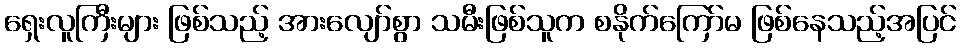
ရှေးလူကြီးများ ဖြစ်သည့် အားလျော်စွာ သမီးဖြစ်သူက စနိုက်ကြော်မ ဖြစ်နေသည့်အပြင်